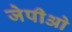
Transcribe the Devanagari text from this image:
जेपीओ